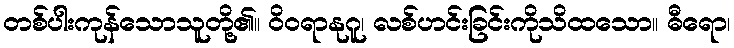
တစ်ပါးကုန်သောသူတို့၏။ ဝိဝရာနုဂူ၊ လစ်ဟင်းခြင်းကိုသိထသော။ ဓီရော၊